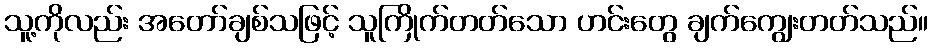
သူ့ကိုလည်း အတော်ချစ်သဖြင့် သူကြိုက်တတ်သော ဟင်းတွေ ချက်ကျွေးတတ်သည်။